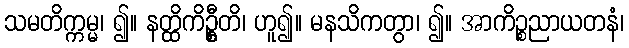
သမတိက္ကမ္မ၊ ၍။ နတ္ထိကိဦ္စတိ၊ ဟူ၍။ မနသိကတွာ၊ ၍။ အာကိဉ္စညာယတနံ၊